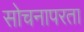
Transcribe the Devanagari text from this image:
सोचनापरता